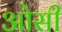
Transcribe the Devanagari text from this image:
ओसी